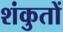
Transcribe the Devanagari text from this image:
शंकुतों